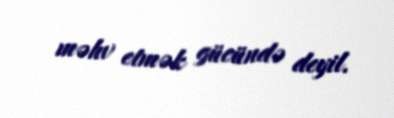
məhv etmək gücündə deyil.